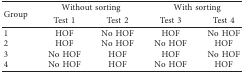
<table><thead><tr><td rowspan="2"><b>Group</b></td><td colspan="2"><b>Without sorting</b></td><td colspan="2"><b>With sorting</b></td></tr><tr><td><b>Test 1</b></td><td><b>Test 2</b></td><td><b>Test 3</b></td><td><b>Test 4</b></td></tr></thead><tbody><tr><td>1</td><td>HOF</td><td>No HOF</td><td>HOF</td><td>No HOF</td></tr><tr><td>2</td><td>HOF</td><td>No HOF</td><td>No HOF</td><td>HOF</td></tr><tr><td>3</td><td>No HOF</td><td>HOF</td><td>HOF</td><td>No HOF</td></tr><tr><td>4</td><td>No HOF</td><td>HOF</td><td>No HOF</td><td>HOF</td></tr></tbody></table>